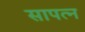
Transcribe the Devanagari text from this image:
सापत्‍न